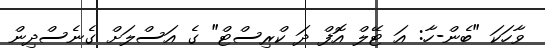
ވާހަކަ "ބެން-ހާ: އަ ޓޭލް އޮފް ދަ ކްރިސްޓް" ގެ އަސްލަށް ގެނެސްދިން